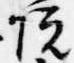
院